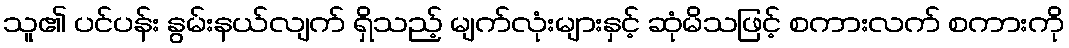
သူ၏ ပင်ပန်း နွမ်းနယ်လျက် ရှိသည့် မျက်လုံးများနှင့် ဆုံမိသဖြင့် စကားလက် စကားကို